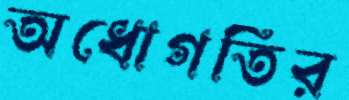
অধোগতির